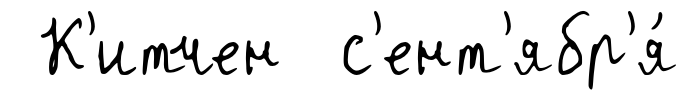
К'итчен с'ент'ябр'я́